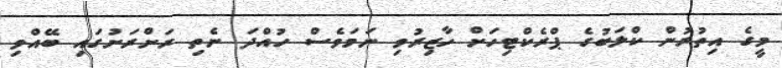
މީގެ އިތުރުން ކްލަބުގެ ޕްރެކްޓިހަށް ހާޒިރުވި ނަމަވެސް ހުއްދަ ނެތި ރަށްރަށުގައި ބޭއްވި